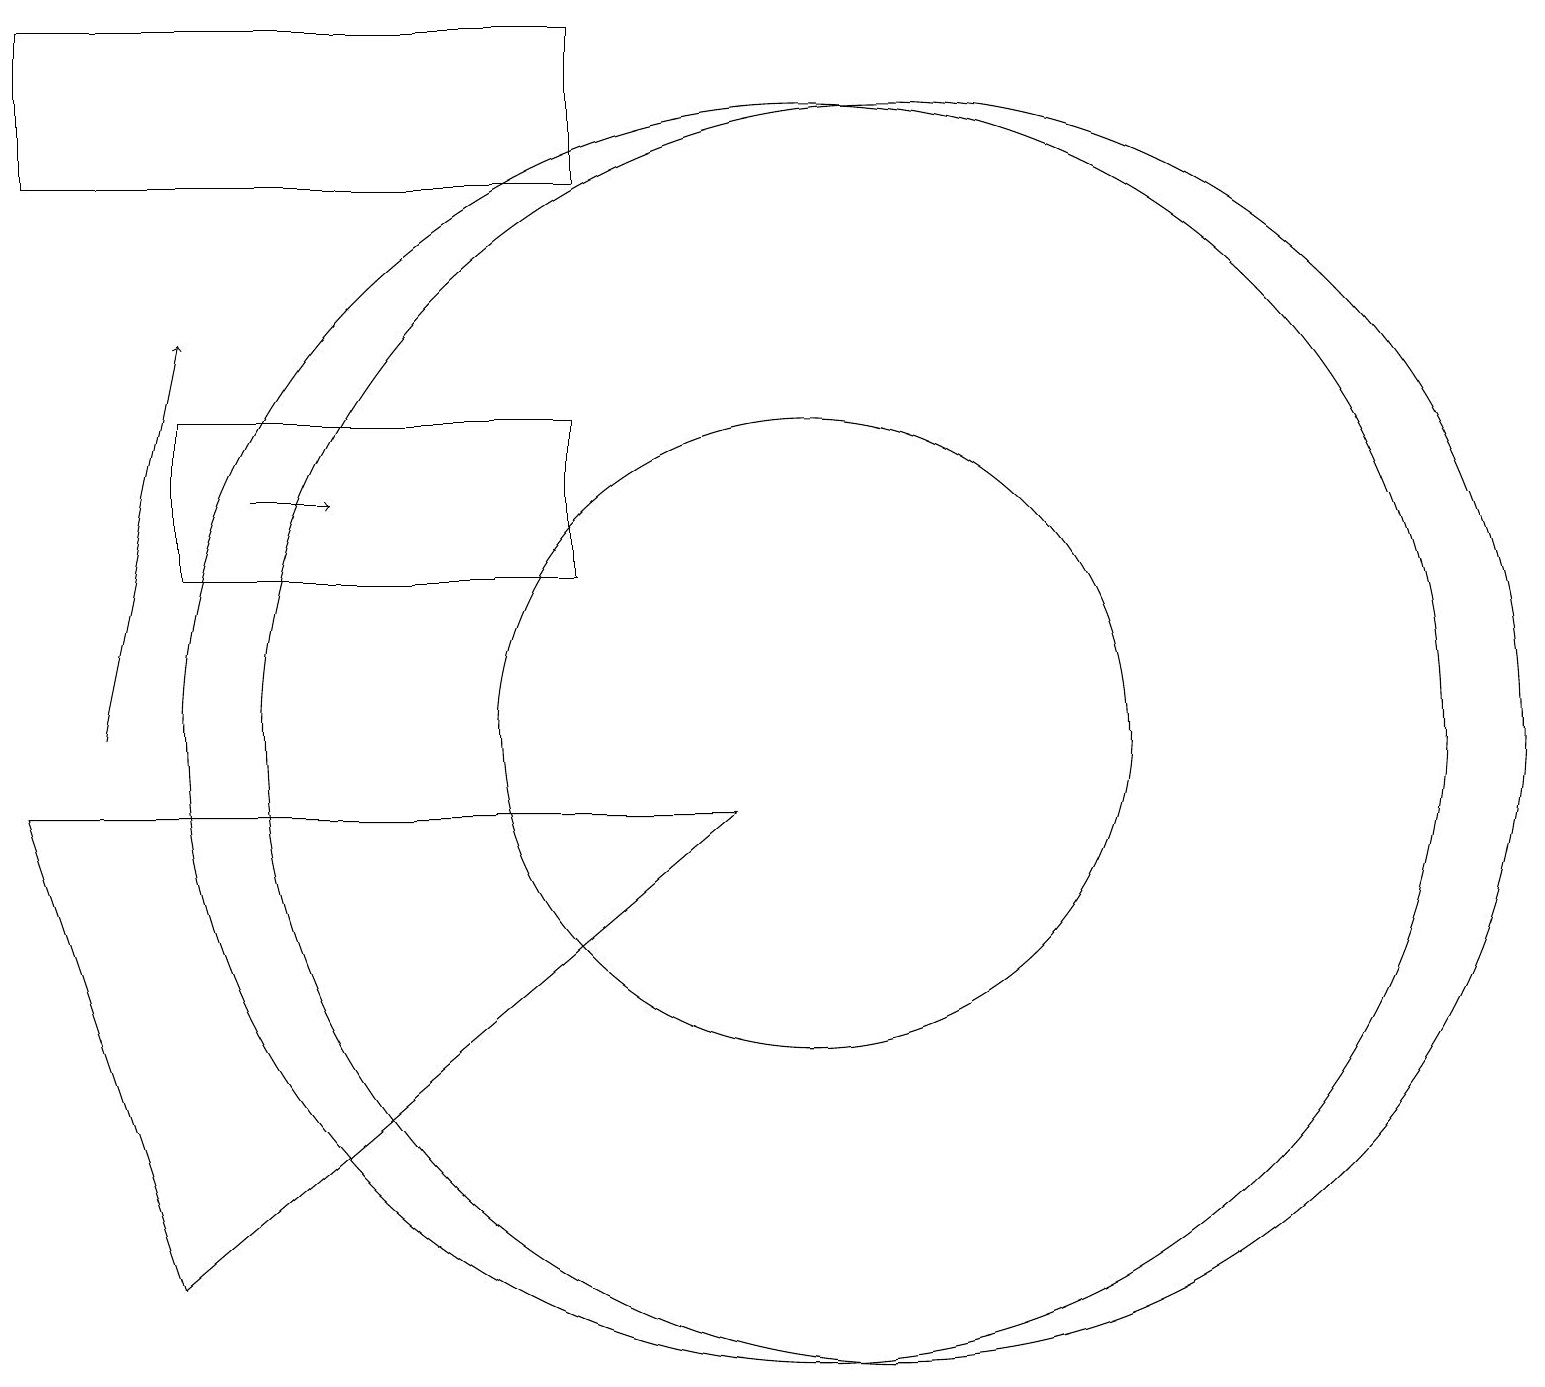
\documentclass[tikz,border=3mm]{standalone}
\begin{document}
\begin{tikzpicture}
\draw (10,10) circle (4);
\draw[->] (1,10) -- (2,15);
\draw (2,3) -- (0,9) -- (9,9) -- cycle;
\draw (7,19) rectangle (0,17);
\draw[->] (3,13) -- (4,13);
\draw (11,10) circle (8);
\draw (2,12) rectangle (7,14);
\draw (10,10) circle (8);
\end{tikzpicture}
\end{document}